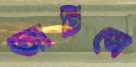
আর্টসে